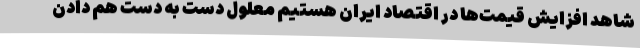
شاهد افزایش قیمت‌ها در اقتصاد ایران هستیم معلول دست به دست هم دادن